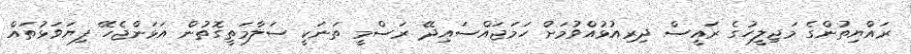
ރައްޔިތުންގެ މަޖިލީހުގެ ރައީސް ދިރިއުޅުއްވުމަށް ހަމަޖައްސައިދޭ ރަސްމީ ތަނަކީ ސަލާމަތީގޮތުން އަޅަންޖެހޭ ފިޔަވަޅުތައް